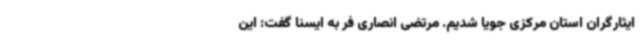
ایثارگران استان مرکزی جویا شدیم. مرتضی انصاری فر به ایسنا گفت: این